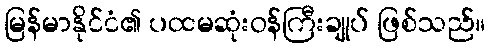
မြန်မာနိုင်ငံ၏ ပထမဆုံးဝန်ကြီးချုပ် ဖြစ်သည်။